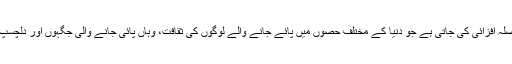
اس مقابلے میں ایسی تصاویر کی حوصلہ افزائی کی جاتی ہے جو دنیا کے مختلف حصوں میں پائے جانے والے لوگوں کی ثقافت، وہاں پائی جانے والی جگہوں اور دلچسپ سفری لمحات کی عکاسی کرتی ہوں۔